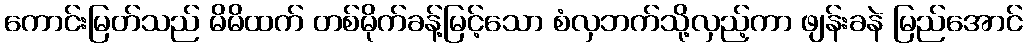
ကောင်းမြတ်သည် မိမိထက် တစ်မိုက်ခန့်မြင့်သော စံလှဘက်သို့လှည့်ကာ ဖျန်းခနဲ မြည်အောင်